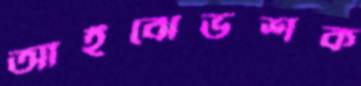
আইঝেভশক